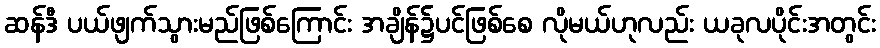
ဆန်ဒီ ပယ်ဖျက်သွားမည်ဖြစ်ကြောင်း အချိန်၌ပင်ဖြစ်စေ လိုမယ်ဟုလည်း ယခုလပိုင်းအတွင်း